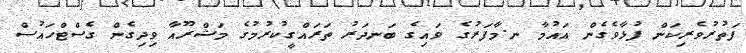
ފަތުރުވެރިކަން ފުޅާވެގެން އައުމާ ނ.މާފަރުގެ ވައިގެ ބަނދަރު ތަރައްގީކުރުމުގެ މަޝްރޫއާ ވިދިގެން ގެސްޓްހައުސް